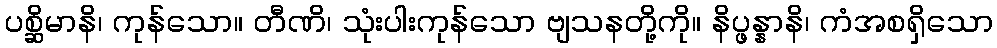
ပစ္ဆိမာနိ၊ ကုန်သော။ တီဏိ၊ သုံးပါးကုန်သော ဗျသနတို့ကို။ နိပ္ဖန္နာနိ၊ ကံအစရှိသော